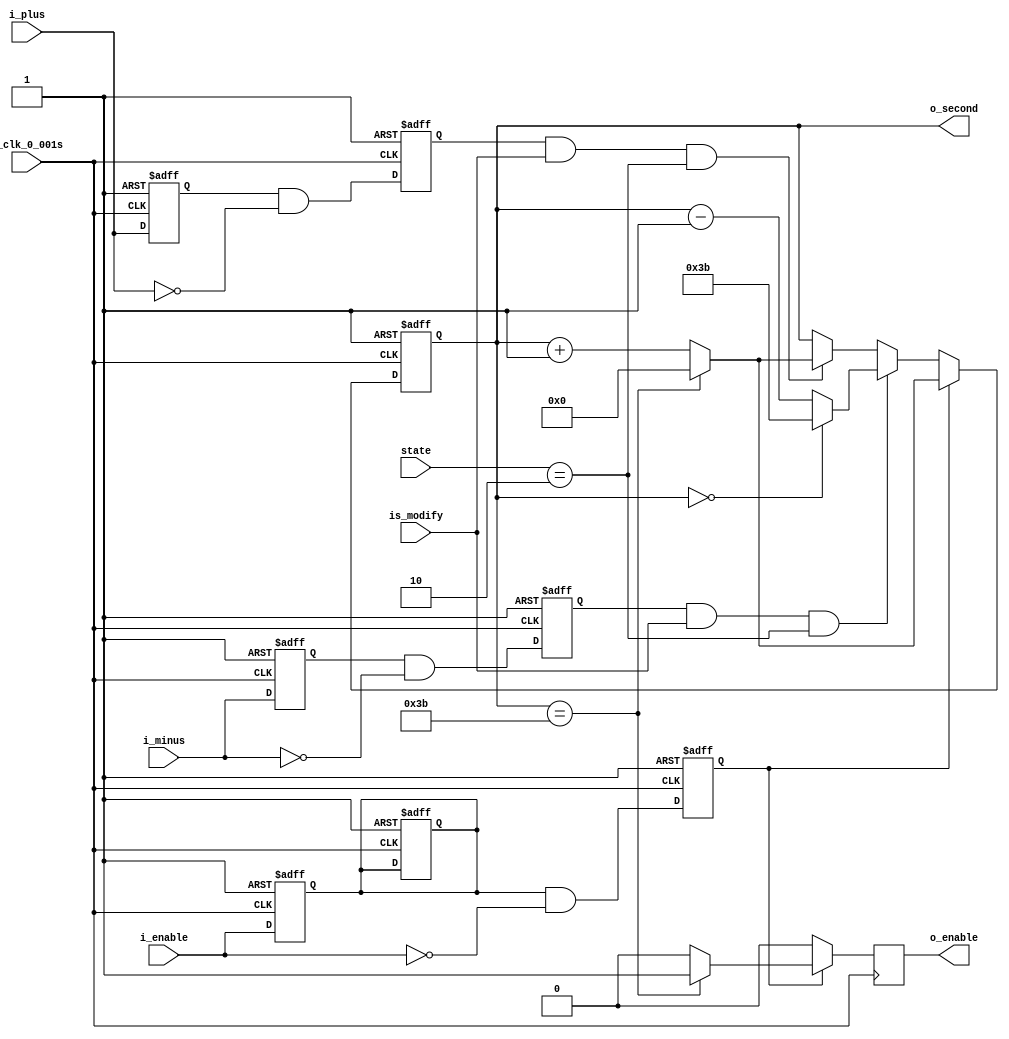
`timescale 1ns / 1ps
//////////////////////////////////////////////////////////////////////////////////
// Company: 
// Engineer: 
// 
// Design Name: 
// Module Name: second
// Project Name: 
// Target Devices: 
// Tool Versions: 
// Description: 
// 
// Dependencies: 
// 
// Revision:
// Revision 0.01 - File Created
// Additional Comments:
// 
//////////////////////////////////////////////////////////////////////////////////


module second(
    input [4:0] state,
    input is_modify,
    input i_plus,
    input i_minus,
    input i_enable,
    input i_clk_0_001s,
    output reg o_enable,
    output reg[14:0] o_second
    );
    
    wire reset = 1;
    
    reg r_enable = 0;
    reg r_enable_falling = 0;
    
    initial
    begin
        o_second <= 0;
        o_enable <= 0;
    end
    
//**************** Calculate the  r_enable_falling ****************//  
  
    always @(posedge i_clk_0_001s, negedge reset)
    begin
        if (reset == 0)
        begin
            r_enable <= 0;
            r_enable_falling <= 0;
        end
        else
        begin
            r_enable <= i_enable;
            r_enable_falling <= r_enable & (~i_enable);
        end
    end    
//**************** Calculate the  r_plus_falling ****************//  
    
    reg r_plus = 0;
    reg r_plus_falling = 0;

    always @(posedge i_clk_0_001s, negedge reset)
    begin
        if (reset == 0)
        begin
            r_plus <= 0;
            r_plus_falling <= 0;
        end
        else
        begin
            r_plus <= i_plus;
            r_plus_falling <= r_plus & (~i_plus);
        end
    end    

//**************** Calculate the  r_minus_falling ****************//
    
    reg r_minus = 0;
    reg r_minus_falling = 0;
    
    always @(posedge i_clk_0_001s, negedge reset)
    begin
        if (reset == 0)
        begin
            r_minus <= 0;
            r_minus_falling <= 0;
        end
        else
        begin
            r_minus <= i_minus;
            r_minus_falling <= r_minus & (~i_minus);
        end
    end        
    
    
    
//************************ Set the minute *******************************//    
    
    
    always @(posedge i_clk_0_001s, negedge reset)
    begin
        if (reset == 0)
        begin
            o_second <= 0;
            r_enable <= 0;
        end
        else
        begin
            if (r_enable_falling == 1)
            begin
                if (o_second == 59)
                begin
                    o_second <= 0;
                    o_enable <= 1;
                end
                else
                begin
                    o_second <= o_second + 1;
                    o_enable <= 0;
                end
            end
            else if (r_minus_falling == 1 && is_modify == 1 && state == 2)
            begin
                if (o_second == 0)
                    o_second <= 59;
                else
                    o_second <= o_second - 1;
                o_enable <= 0;
            end
            else if (r_plus_falling == 1 && is_modify == 1 && state == 2)
            begin
                if (o_second == 59)
                    o_second <= 0;
                else
                    o_second <= o_second + 1;
                o_enable <= 0;
            end
            else
            begin
                o_second <= o_second;
                o_enable <= 0;
            end
        end    
    end
    
endmodule